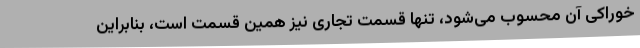
خوراکی آن محسوب می‌شود، تنها قسمت تجاری نیز همین قسمت است، بنابراین